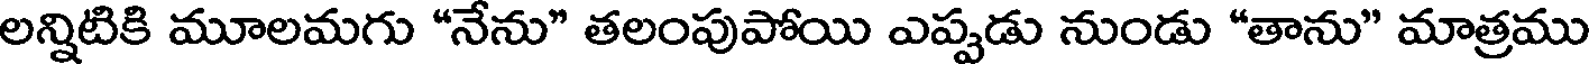
లన్నిటికి మూలమగు "నేను" తలంపుపోయి ఎప్పడు నుండు "తాను" మాత్రము